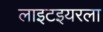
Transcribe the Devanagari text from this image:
लाइटइयरला